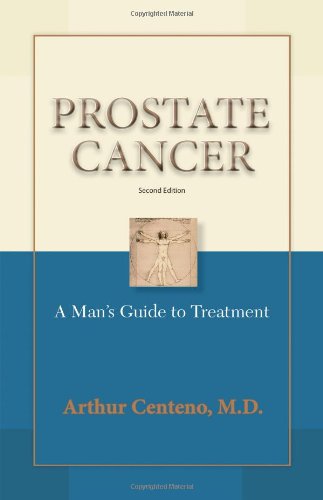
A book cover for Prostate Cancer: A PatientEEs Guide to Treatment; Arthur Centeno MD; Health, Fitness & Dieting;